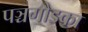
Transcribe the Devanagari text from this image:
पञ्चगौडका